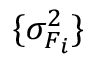
\{ \sigma _ { F _ { i } } ^ { 2 } \}